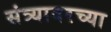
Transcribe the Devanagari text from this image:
संत्र्यावरच्या